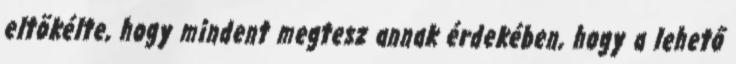
eltökélte, hogy mindent megtesz annak érdekében, hogy a lehető